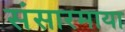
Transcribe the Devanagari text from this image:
संसारमाया